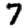
Digit: 7